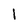
Character: I